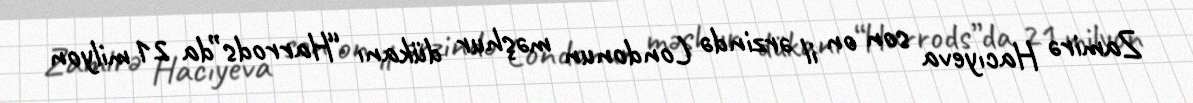
Zamirə Hacıyeva son on il ərzində Londonun məşhur dükanı “Harrods”da 21 milyon